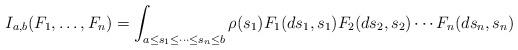
LaTeX: \begin{align*} I_{a,b}(F_1,\dots,F_n)=\int_{a\le s_1\le\cdots\le s_ n\le b } \rho(s_1) F_1(ds_1,s_1)F_2(ds_2,s_2)\cdots F_n(ds_n,s_n)\end{align*}